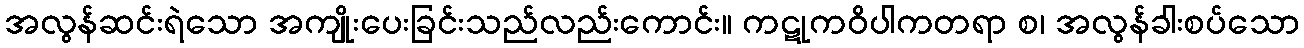
အလွန်ဆင်းရဲသော အကျိုးပေးခြင်းသည်လည်းကောင်း။ ကဋုကဝိပါကတရာ စ၊ အလွန်ခါးစပ်သော